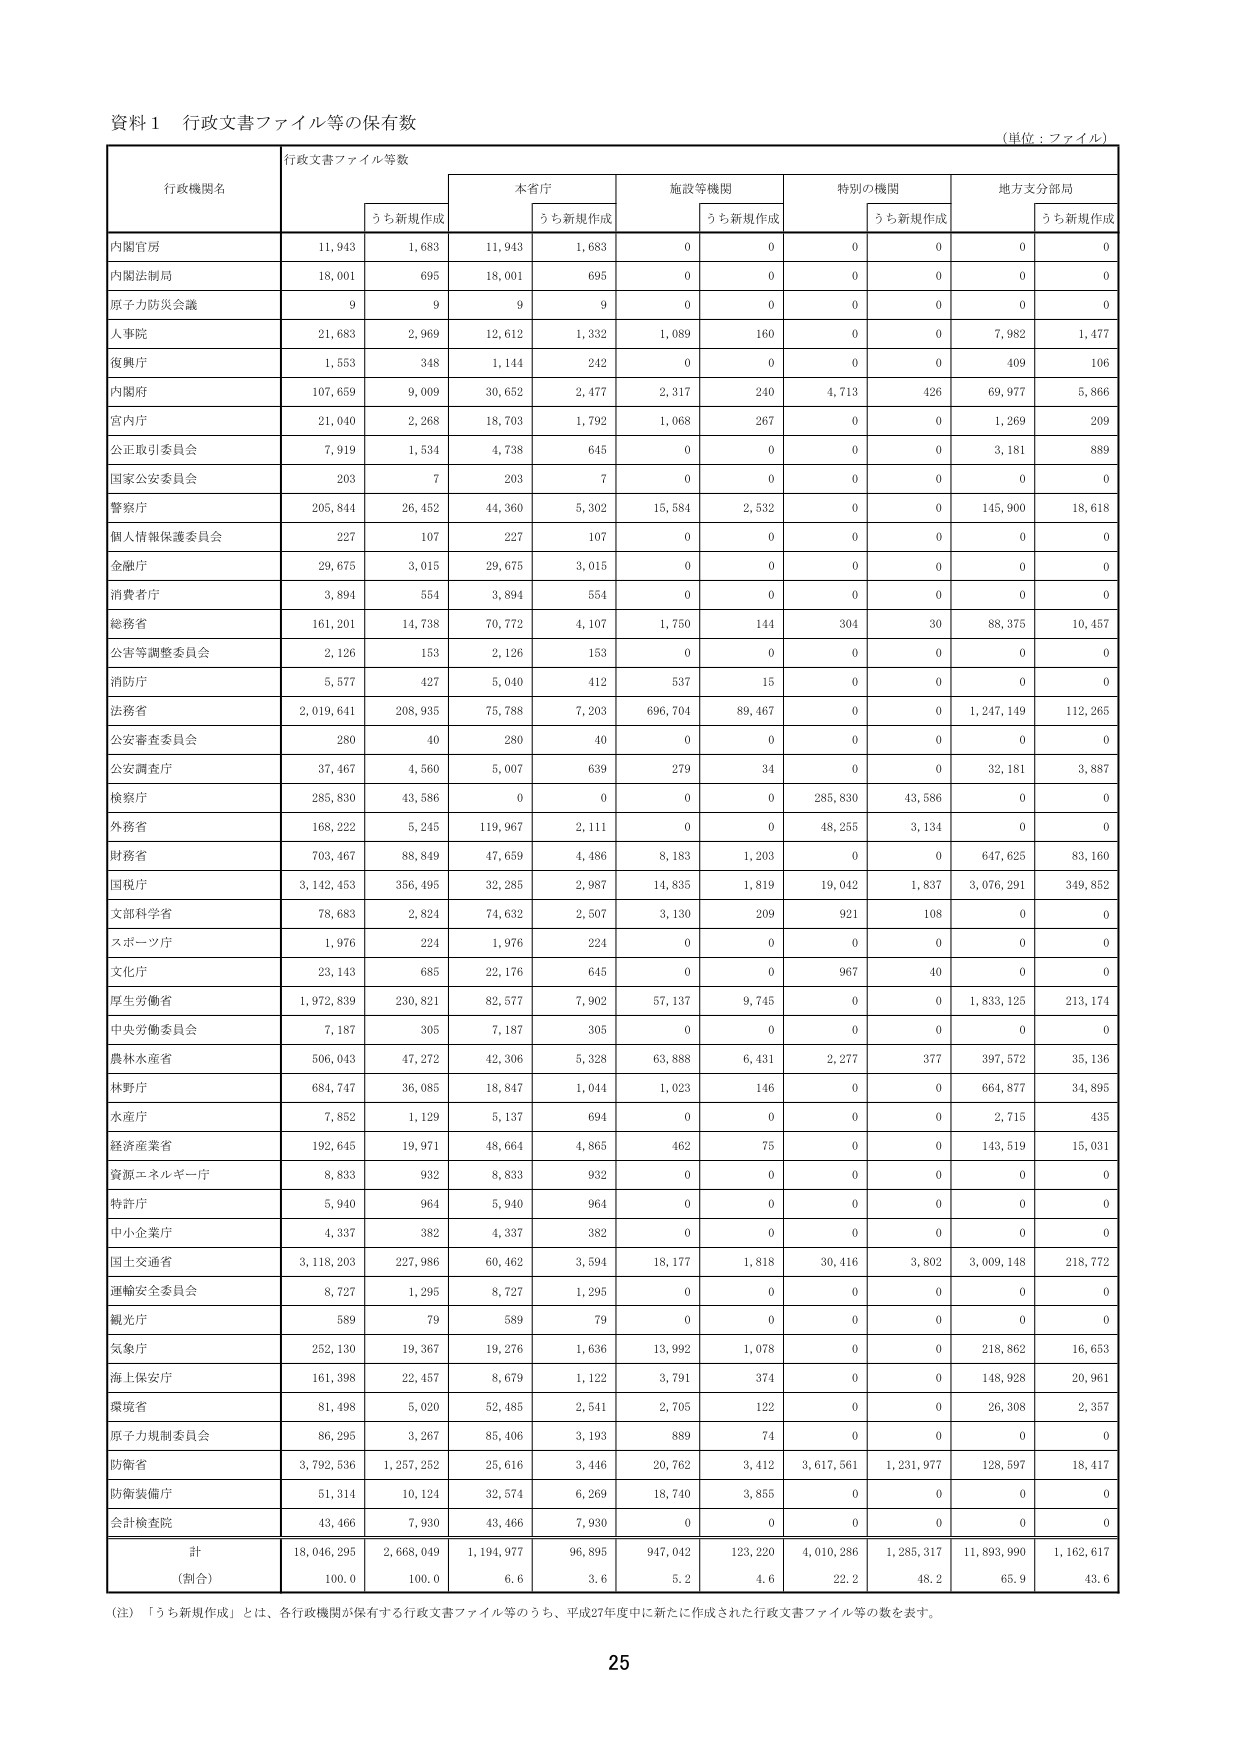
資料１ 行政文書ファイル等の保有数
（単位：ファイル）

行政機関名 | 行政文書ファイル等数 |  | 本省庁 |  | 施設等機関 |  | 特別の機関 |  | 地方支分部局 |  |
--- | --- | --- | --- | --- | --- | --- | --- | --- | --- | --- |
 |  | うち新規作成 |  | うち新規作成 |  | うち新規作成 |  | うち新規作成 |  | うち新規作成 |
内閣官房 | 11,943 | 1,683 | 11,943 | 1,683 | 0 | 0 | 0 | 0 | 0 | 0 |
内閣法制局 | 18,001 | 695 | 18,001 | 695 | 0 | 0 | 0 | 0 | 0 | 0 |
原子力防災会議 | 9 | 9 | 9 | 9 | 0 | 0 | 0 | 0 | 0 | 0 |
人事院 | 21,683 | 2,969 | 12,612 | 1,332 | 1,089 | 160 | 0 | 0 | 7,982 | 1,477 |
復興庁 | 1,553 | 348 | 1,144 | 242 | 0 | 0 | 0 | 0 | 409 | 106 |
内閣府 | 107,659 | 9,009 | 30,652 | 2,477 | 2,317 | 240 | 4,713 | 426 | 69,977 | 5,866 |
宮内庁 | 21,040 | 2,268 | 18,703 | 1,792 | 1,068 | 267 | 0 | 0 | 1,269 | 209 |
公正取引委員会 | 7,919 | 1,534 | 4,738 | 645 | 0 | 0 | 0 | 0 | 3,181 | 889 |
国家公安委員会 | 203 | 7 | 203 | 7 | 0 | 0 | 0 | 0 | 0 | 0 |
警察庁 | 205,844 | 26,452 | 44,360 | 5,302 | 15,584 | 2,532 | 0 | 0 | 145,900 | 18,618 |
個人情報保護委員会 | 227 | 107 | 227 | 107 | 0 | 0 | 0 | 0 | 0 | 0 |
金融庁 | 29,675 | 3,015 | 29,675 | 3,015 | 0 | 0 | 0 | 0 | 0 | 0 |
消費者庁 | 3,894 | 554 | 3,894 | 554 | 0 | 0 | 0 | 0 | 0 | 0 |
総務省 | 161,201 | 14,738 | 70,772 | 4,107 | 1,750 | 144 | 304 | 30 | 88,375 | 10,457 |
公害等調整委員会 | 2,126 | 153 | 2,126 | 153 | 0 | 0 | 0 | 0 | 0 | 0 |
消防庁 | 5,577 | 427 | 5,040 | 412 | 537 | 15 | 0 | 0 | 0 | 0 |
法務省 | 2,019,641 | 208,935 | 75,788 | 7,203 | 696,704 | 89,467 | 0 | 0 | 1,247,149 | 112,265 |
公安審査委員会 | 280 | 40 | 280 | 40 | 0 | 0 | 0 | 0 | 0 | 0 |
公安調査庁 | 37,467 | 4,560 | 5,007 | 639 | 279 | 34 | 0 | 0 | 32,181 | 3,887 |
検察庁 | 285,830 | 43,586 | 0 | 0 | 0 | 0 | 285,830 | 43,586 | 0 | 0 |
外務省 | 168,222 | 5,245 | 119,967 | 2,111 | 0 | 0 | 48,255 | 3,134 | 0 | 0 |
財務省 | 703,467 | 88,849 | 47,659 | 4,486 | 8,183 | 1,203 | 0 | 0 | 647,625 | 83,160 |
国税庁 | 3,142,453 | 356,495 | 32,285 | 2,987 | 14,835 | 1,819 | 19,042 | 1,837 | 3,076,291 | 349,852 |
文部科学省 | 78,683 | 2,824 | 74,632 | 2,507 | 3,130 | 209 | 921 | 108 | 0 | 0 |
スポーツ庁 | 1,976 | 224 | 1,976 | 224 | 0 | 0 | 0 | 0 | 0 | 0 |
文化庁 | 23,143 | 685 | 22,176 | 645 | 0 | 0 | 967 | 40 | 0 | 0 |
厚生労働省 | 1,972,839 | 230,821 | 82,577 | 7,902 | 57,137 | 9,745 | 0 | 0 | 1,833,125 | 213,174 |
中央労働委員会 | 7,187 | 305 | 7,187 | 305 | 0 | 0 | 0 | 0 | 0 | 0 |
農林水産省 | 506,043 | 47,272 | 42,306 | 5,328 | 63,888 | 6,431 | 2,277 | 377 | 397,572 | 35,136 |
林野庁 | 684,747 | 36,085 | 18,847 | 1,044 | 1,023 | 146 | 0 | 0 | 664,877 | 34,895 |
水産庁 | 7,852 | 1,129 | 5,137 | 694 | 0 | 0 | 0 | 0 | 2,715 | 435 |
経済産業省 | 192,645 | 19,971 | 48,664 | 4,865 | 462 | 75 | 0 | 0 | 143,519 | 15,031 |
資源エネルギー庁 | 8,833 | 932 | 8,833 | 932 | 0 | 0 | 0 | 0 | 0 | 0 |
特許庁 | 5,940 | 964 | 5,940 | 964 | 0 | 0 | 0 | 0 | 0 | 0 |
中小企業庁 | 4,337 | 382 | 4,337 | 382 | 0 | 0 | 0 | 0 | 0 | 0 |
国土交通省 | 3,118,203 | 227,986 | 60,462 | 3,594 | 18,177 | 1,818 | 30,416 | 3,802 | 3,009,148 | 218,772 |
運輸安全委員会 | 8,727 | 1,295 | 8,727 | 1,295 | 0 | 0 | 0 | 0 | 0 | 0 |
観光庁 | 589 | 79 | 589 | 79 | 0 | 0 | 0 | 0 | 0 | 0 |
気象庁 | 252,130 | 19,367 | 19,276 | 1,636 | 13,992 | 1,078 | 0 | 0 | 218,862 | 16,653 |
海上保安庁 | 161,398 | 22,457 | 8,679 | 1,122 | 3,791 | 374 | 0 | 0 | 148,928 | 20,961 |
環境省 | 81,498 | 5,020 | 52,485 | 2,541 | 2,705 | 122 | 0 | 0 | 26,308 | 2,357 |
原子力規制委員会 | 86,295 | 3,267 | 85,406 | 3,193 | 889 | 74 | 0 | 0 | 0 | 0 |
防衛省 | 3,792,536 | 1,257,252 | 25,616 | 3,446 | 20,762 | 3,412 | 3,617,561 | 1,231,977 | 128,597 | 18,417 |
防衛装備庁 | 51,314 | 10,124 | 32,574 | 6,269 | 18,740 | 3,855 | 0 | 0 | 0 | 0 |
会計検査院 | 43,466 | 7,930 | 43,466 | 7,930 | 0 | 0 | 0 | 0 | 0 | 0 |
計 | 18,046,295 | 2,668,049 | 1,194,977 | 96,895 | 947,042 | 123,220 | 4,010,286 | 1,285,317 | 11,893,990 | 1,162,617 |
（割合） | 100.0 | 100.0 | 6.6 | 3.6 | 5.2 | 4.6 | 22.2 | 48.2 | 65.9 | 43.6 |

（注）「うち新規作成」とは、各行政機関が保有する行政文書ファイル等のうち、平成27年度中に新たに作成された行政文書ファイル等の数を表す。

25